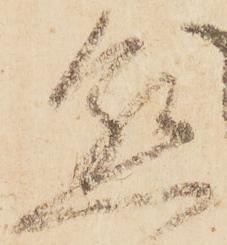
懇